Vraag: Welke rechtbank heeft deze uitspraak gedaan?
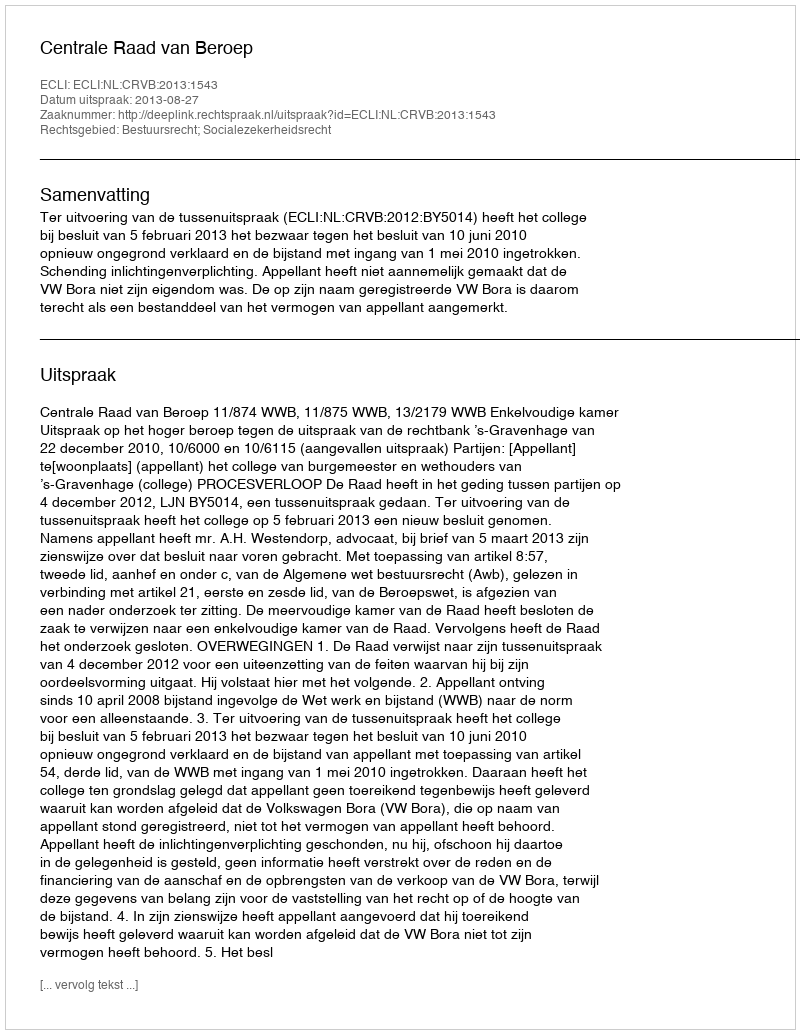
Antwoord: Centrale Raad van Beroep